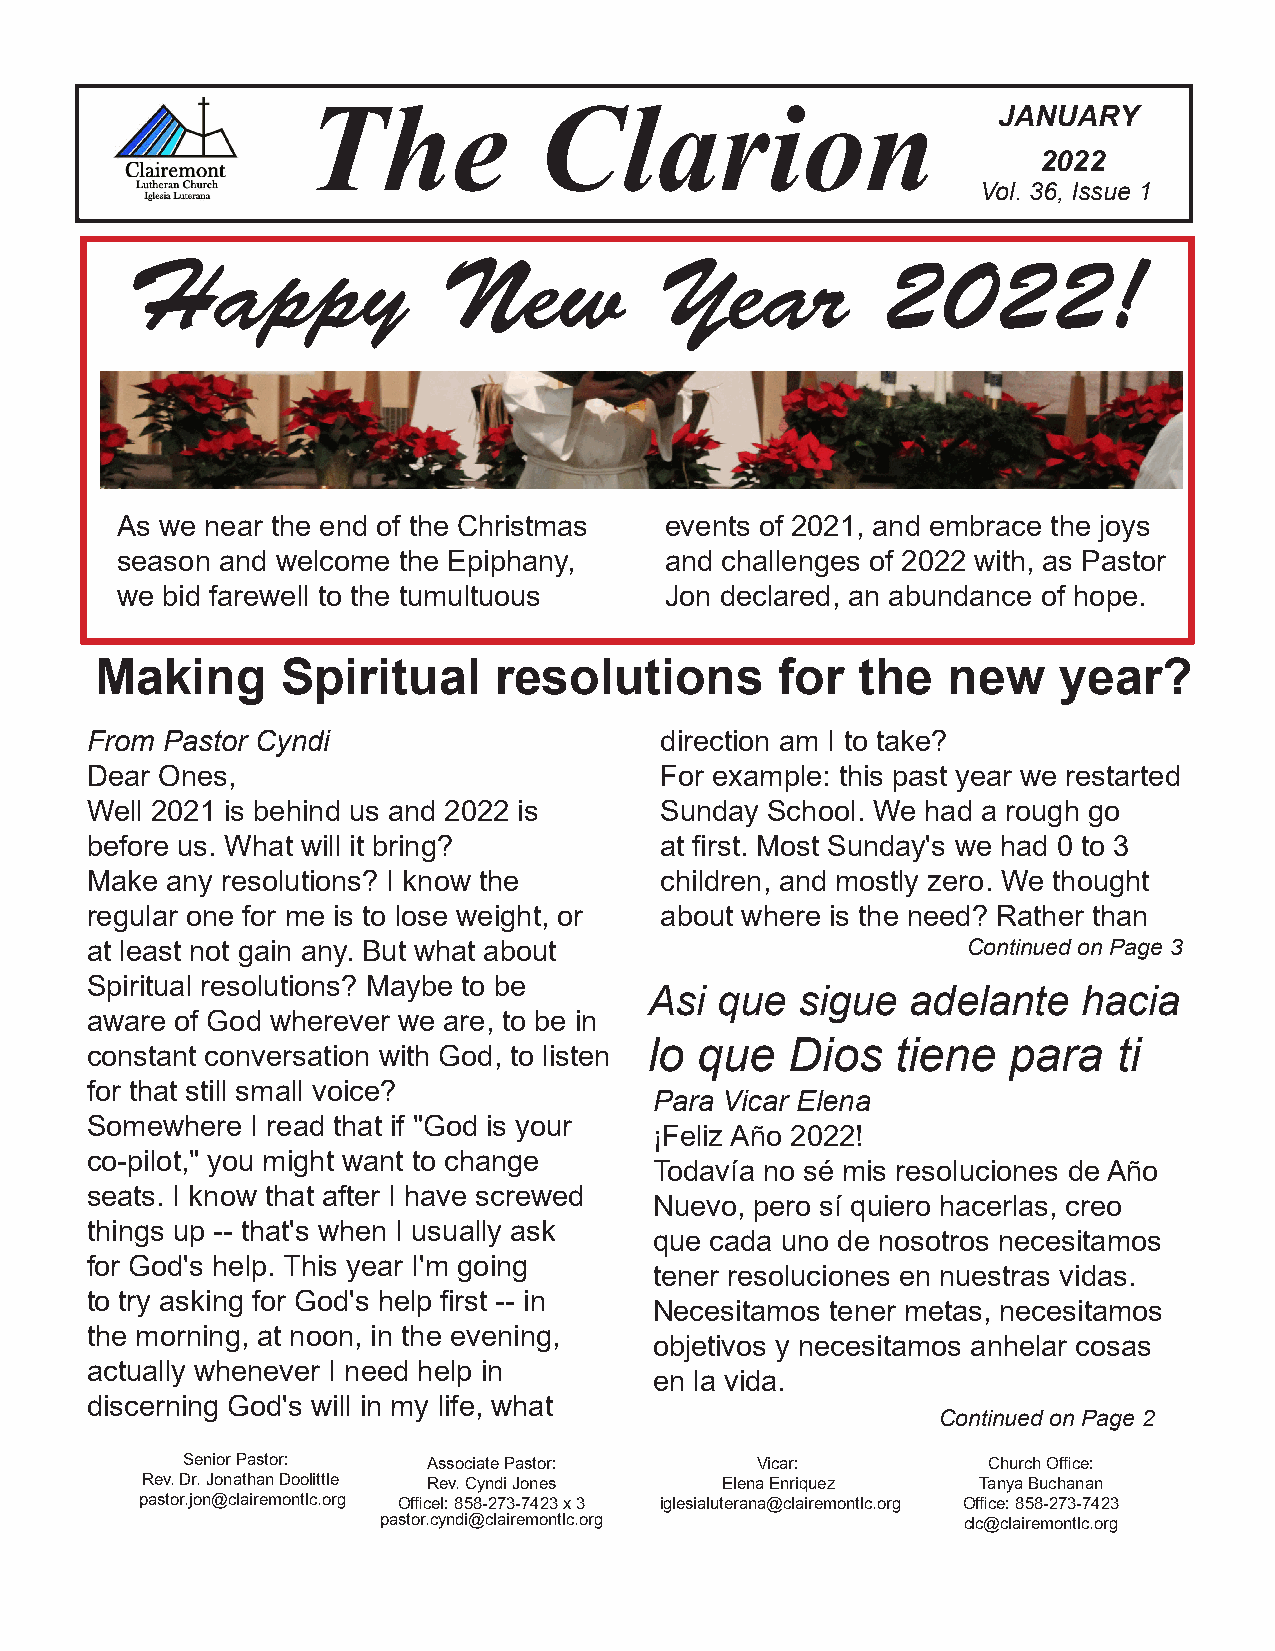
The             Clarion                       JANUARY
 2022
 Vol. 36, Issue 1
 Happy                New            Year          2022!
 As we near the end of the Christmas events of 2021, and embrace the joys
 season and welcome the Epiphany,    and challenges of 2022 with, as Pastor
 we bid farewell to the tumultuous   Jon declared, an abundance of hope.
 Making       Spiritual     resolutions        for  the   new    year?
 From Pastor Cyndi                     direction am I to take?
 Dear Ones,                            For example: this past year we restarted
 Well 2021 is behind us and 2022 is    Sunday School. We had a rough go
 before us. What will it bring?        at first. Most Sunday's we had 0 to 3
 Make any resolutions? I know the      children, and mostly zero. We thought
 regular one for me is to lose weight, or about where is the need? Rather than
 at least not gain any. But what about                     Continued on Page 3
 Spiritual resolutions? Maybe to be
 Asi que   sigue  adelante    hacia
 aware of God wherever we are, to be in
 lo que   Dios   tiene   para   ti
 constant conversation with God, to listen
 for that still small voice?
 Para Vicar Elena
 Somewhere  I read that if "God is your
 ¡Feliz Año 2022!
 co-pilot," you might want to change
 Todavía no sé mis resoluciones de Año
 seats. I know that after I have screwed
 Nuevo, pero sí quiero hacerlas, creo
 things up -- that's when I usually ask
 que cada uno de nosotros necesitamos
 for God's help. This year I'm going
 tener resoluciones en nuestras vidas.
 to try asking for God's help first -- in
 Necesitamos tener metas, necesitamos
 the morning, at noon, in the evening,
 objetivos y necesitamos anhelar cosas
 actually whenever I need help in
 en la vida.
 discerning God's will in my life, what
 Continued on Page 2
 Senior Pastor:  Associate Pastor:     Vicar:         Church Office:
 Rev. Dr. Jonathan Doolittle Rev. Cyndi Jones Elena Enriquez Tanya Buchanan
 pastor.jon@clairemontlc.org Officel: 858-273-7423 x 3 iglesialuterana@clairemontlc.org Office: 858-273-7423
 pastor.cyndi@clairemontlc.org          clc@clairemontlc.org